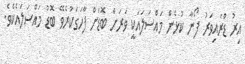
އިރު ޑްރައިވަރު ފޯނާ ކުޅެން މައްސަލައަކީ ވަރަށް ބޮޑަށް ފާހަގަކުރެވޭ ބޮޑު މައްސަލައެކެވެ.